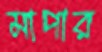
মাপার